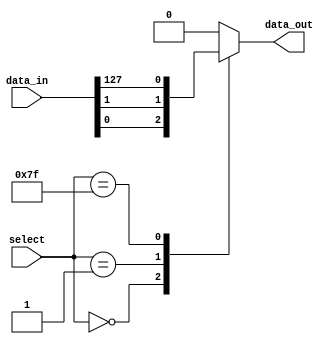
module mux_128to1 (
    input [127:0] data_in,
    input [6:0] select,
    output reg data_out
);

always @ (select or data_in)
begin
    case (select)
        7'b0000000: data_out = data_in[0];
        7'b0000001: data_out = data_in[1];
        // Repeat for each input line up to 127
        // .
        // .
        // .
        7'b1111111: data_out = data_in[127];
        default: data_out = 0; // default case
    endcase
end

endmodule